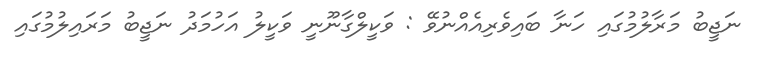
ނަޖީބު މަރާލުމުގައި ހަނާ ބައިވެރިއެއްނުވޭ : ވަކީލްގާނޫނީ ވަކީލު އަހުމަދު ނަޖީބު މަރައިލުމުގައި